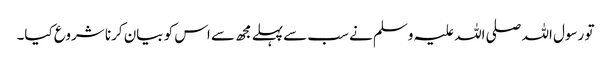
تو رسول اللہ صلی اللہ علیہ وسلم نے سب سےپہلے مجھ سے اس کو بیان کرنا شروع کیا۔